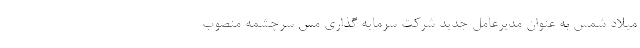
میلاد شمس به عنوان مدیرعامل جدید شرکت سرمایه گذاری مس سرچشمه منصوب